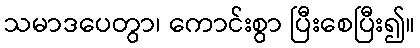
သမာဒပေတွာ၊ ကောင်းစွာ ပြီးစေပြီး၍။